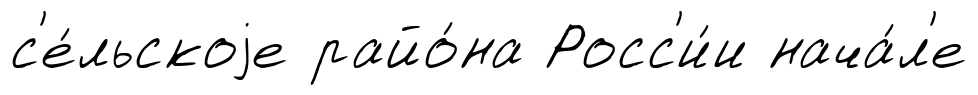
с'е́льскоjе райо́на Росс'и́и нача́л'е